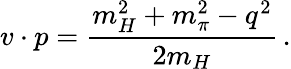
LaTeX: v\cdot p={\frac{m_{H}^{2}+m_{\pi}^{2}-q^{2}}{2m_{H}}}\, .